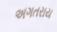
અગતરાય